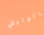
كاثوليكي